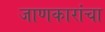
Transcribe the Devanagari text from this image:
जाणकारांचा